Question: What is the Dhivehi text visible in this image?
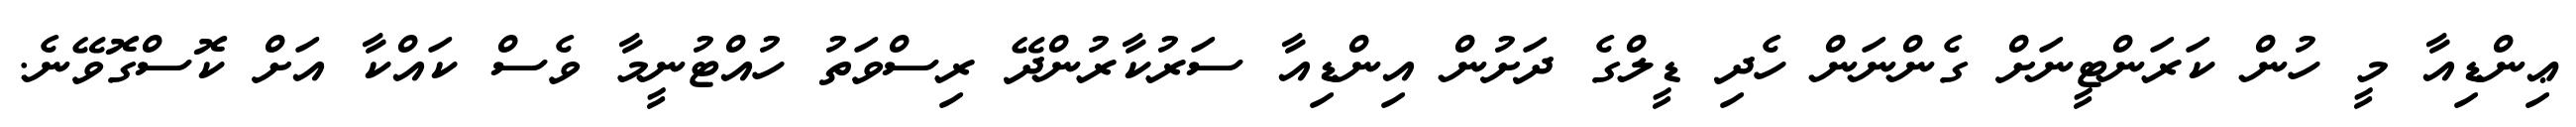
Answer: ޢިންޑިއާ މީ ހުން ކަރަންޓީނަށް ގެންނަން ހެދި ޑީލްގެ ދަށުން އިންޑިއާ ސަރުކާރުންދޭ ރިސްވަތު ހުއްޓުނީމާ ވެސް ކައްކާ އަށް ކޮސްގޮވޭނެ.